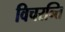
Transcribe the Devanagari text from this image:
विचरन्ति